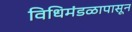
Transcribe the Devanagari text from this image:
विधिमंडळापासून